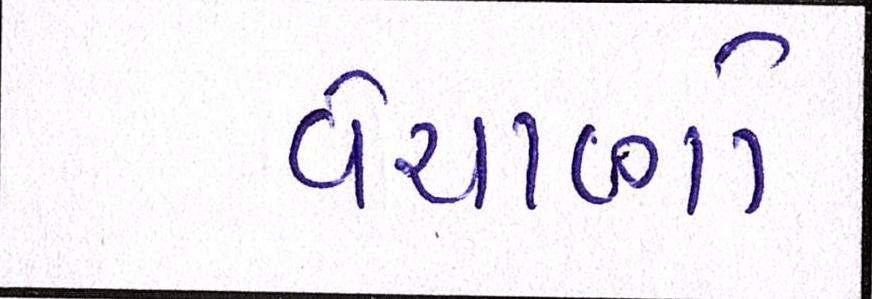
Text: વેચાણો